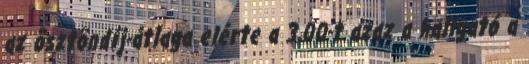
az ösztöndíj-átlaga elérte a 3,00-t azaz a hallgató a